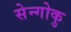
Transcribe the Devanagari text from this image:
सेन्गोकु